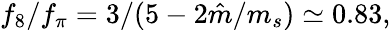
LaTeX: f_{8}/f_{\pi}=3/(5-2\hat{m}/m_{s})\simeq 0.83,